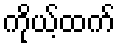
ကိုယ့်ထက်